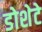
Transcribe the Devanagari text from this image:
डोशेटे